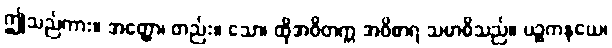
ဤသည်ကား။ အတ္ထော၊ တည်း။ သော၊ ထိုအဝိတက္က အဝိစာရ သမာဓိသည်။ ပဉ္စကနယေ၊